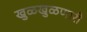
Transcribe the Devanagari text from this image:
खुळखुळणारी